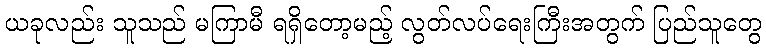
ယခုလည်း သူသည် မကြာမီ ရရှိတော့မည့် လွတ်လပ်ရေးကြီးအတွက် ပြည်သူတွေ